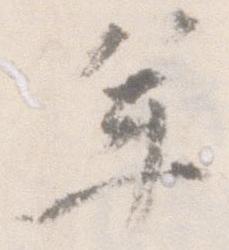
年